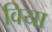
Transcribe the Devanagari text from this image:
विया